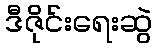
ဒီဇိုင်းရေးဆွဲ